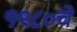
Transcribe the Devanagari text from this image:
१९८०चे